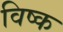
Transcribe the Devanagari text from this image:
विष्क